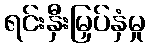
ရင်းနှီးမြှပ်နှံမှု